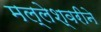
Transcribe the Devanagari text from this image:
मल्लेश्वरीने